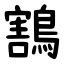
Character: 鶷